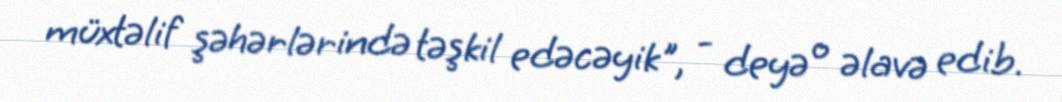
müxtəlif şəhərlərində təşkil edəcəyik", - deyə o əlavə edib.